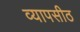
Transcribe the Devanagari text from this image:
व्यापसीठ